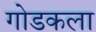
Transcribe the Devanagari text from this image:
गोडकला